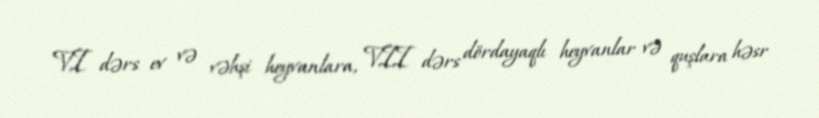
VI dərs ev və vəhşi heyvanlara, VII dərs dördayaqlı heyvanlar və quşlara həsr